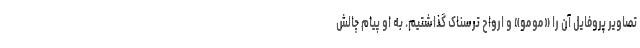
تصاویر پروفایل آن را «مومو» و ارواح ترسناک گذاشتیم. به او پیام چالش